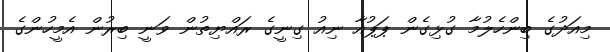
މިއަދުގެ ބިންހެލުމާ ގުޅިގެން ޕަޕުއާ ނިއު ގިނީގެ ރައްޔިތުން ވަނީ ބިރުން އެމީހުންގެ